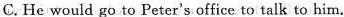
C.He would go to Peter's office to talk to him.